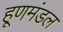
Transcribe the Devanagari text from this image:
हूणमंडल